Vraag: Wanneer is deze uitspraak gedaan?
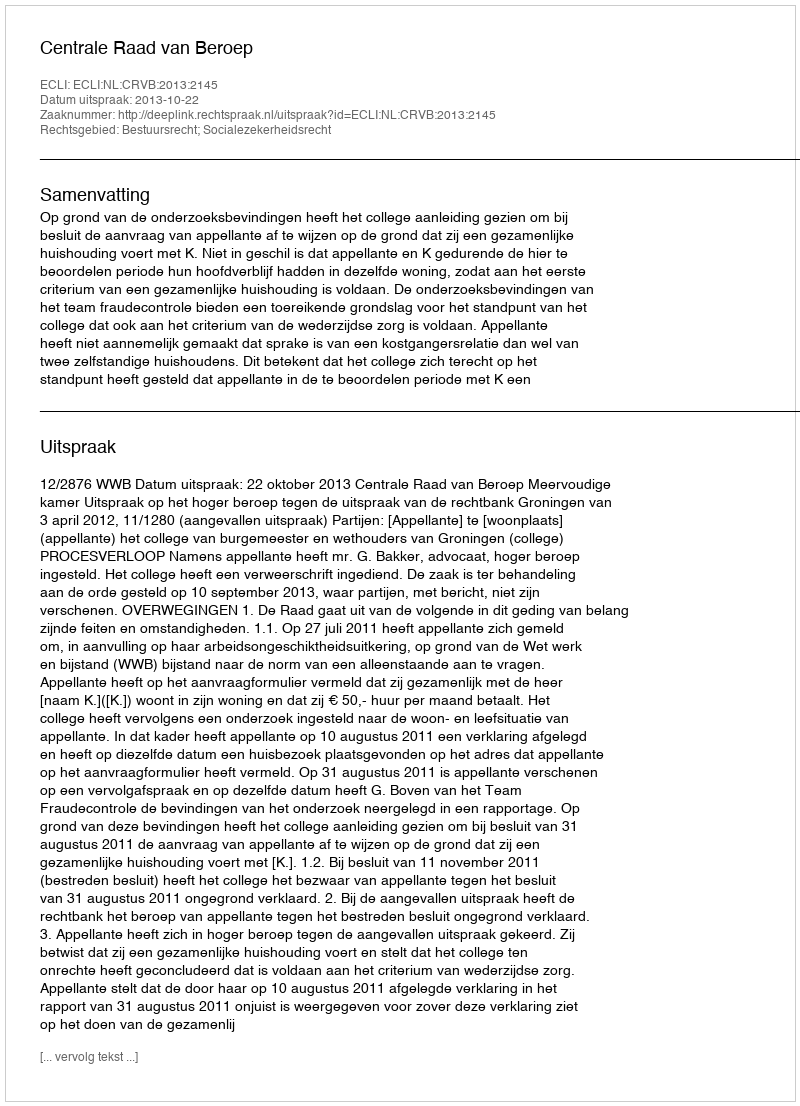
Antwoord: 2013-10-22